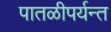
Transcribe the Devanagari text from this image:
पातळीपर्यन्त